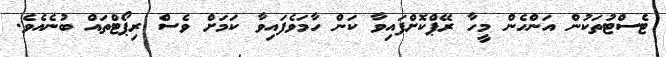
ޓެސްޓުތަކުން އަންހެން މީހާ ރޭޕްކޮށްފައިވާ ކަން ހާމަވެފައިވާ ކަމަށް ވެސް ރިޕޯޓްތައް ބުނެއެވެ.